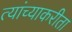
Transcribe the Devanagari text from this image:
त्यांच्याकरीता